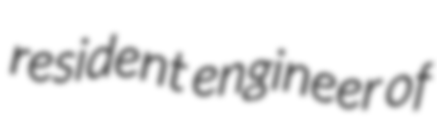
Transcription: resident engineer of